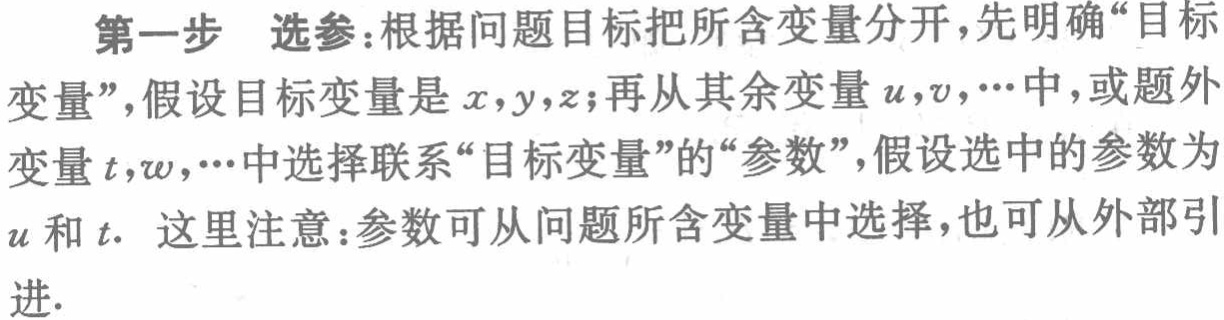
第一步 选参：根据问题目标把所含变量分开，先明确“目标变量”，假设目标变量是\(x,y,z\)；再从其余变量\(u,v,\cdots\)中，或题外变量\(t,w,\cdots\)中选择联系“目标变量”的“参数”，假设选中的参数为\(u\)和\(t\). 这里注意：参数可从问题所含变量中选择，也可从外部引进.